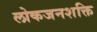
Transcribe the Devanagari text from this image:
लोकजनशक्ति